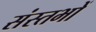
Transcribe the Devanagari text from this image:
संस्तभों